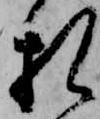
札